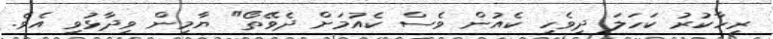
ރިހާކުރު ކަހަލަ ދިވެހި ކެއުން ވެސް ކެއުމަށް ދެވޭތޯ" ޔާމިން ވިދާޅުވި އެވެ.